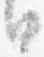
日